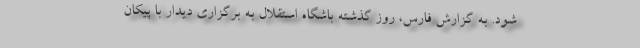
شود. به گزارش فارس، روز گذشته باشگاه استقلال به برگزاری دیدار با پیکان